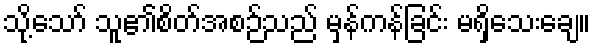
သို့သော် သူ၏စိတ်အစဉ်သည် မှန်ကန်ခြင်း မရှိသေးချေ။